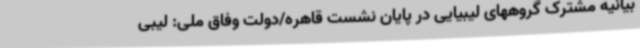
بیانیه مشترک گروههای لیبیایی در پایان نشست قاهره/دولت وفاق ملی: لیبی